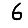
Digit: 6